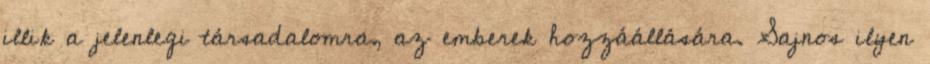
illik a jelenlegi társadalomra, az emberek hozzáállására. Sajnos ilyen